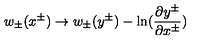
w _ { \pm } ( x ^ { \pm } ) \rightarrow w _ { \pm } ( y ^ { \pm } ) - \ln ( { \frac { \partial y ^ { \pm } } { \partial x ^ { \pm } } } )